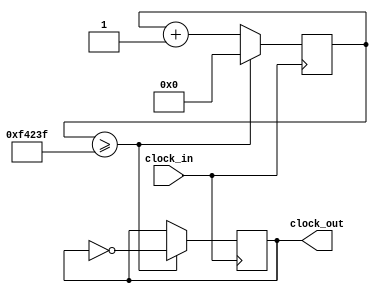
// fpga4student.com: FPGA projects, VHDL projects, Verilog projects
// Verilog project: Verilog code for clock divider on FPGA
// Top level Verilog code for clock divider on FPGA
module Clock_divider(clock_in,clock_out
    );
input clock_in; // input clock on FPGA
output reg clock_out; // output clock after dividing the input clock by divisor
reg[27:0] counter=28'd0;
parameter DIVISOR = 28'd1_000_000;
// The frequency of the output clk_out
//  = The frequency of the input clk_in divided by DIVISOR
// For example: Fclk_in = 50Mhz, if you want to get 1Hz signal to blink LEDs
// You will modify the DIVISOR parameter value to 28'd50.000.000
// Then the frequency of the output clk_out = 50Mhz/50.000.000 = 1Hz

initial begin
	clock_out <= 1'b1;
end

always @(posedge clock_in)
begin
 counter <= counter + 28'd1;
 if(counter>=(DIVISOR-1)) begin
  counter <= 28'd0;
  clock_out <= !clock_out;
  end
end
endmodule